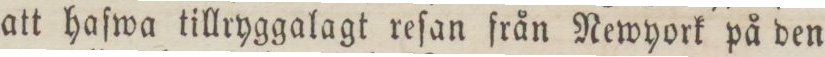
att hafwa tillryggalagt reſan från Newyork på den